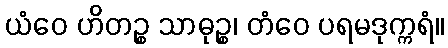
ယံဝေ ဟိတဉ္စ သာဓုဉ္စ၊ တံဝေ ပရမဒုက္ကရံ။